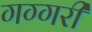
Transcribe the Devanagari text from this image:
गग्गरी